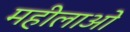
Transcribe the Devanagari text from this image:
महीलाओ